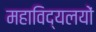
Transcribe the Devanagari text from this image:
महाविद्यलयों